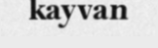
kayvan